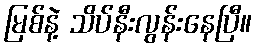
မြစ်နဲ့ သိပ်နီးလွန်းနေပြီ။